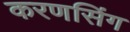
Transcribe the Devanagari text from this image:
करणसिंग